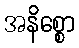
အနိစ္စော